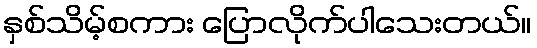
နှစ်သိမ့်စကား ပြောလိုက်ပါသေးတယ်။